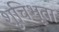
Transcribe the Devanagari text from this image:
शुचिभूता